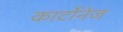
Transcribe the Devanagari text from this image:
कार्टोनेज